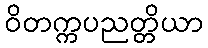
ဝိတက္ကပညတ္တိယာ